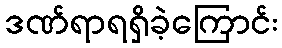
ဒဏ်ရာရရှိခဲ့ကြောင်း